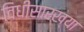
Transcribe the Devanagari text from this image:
विधीसारख्या